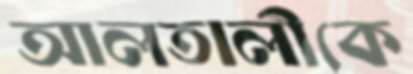
আলতালীকে